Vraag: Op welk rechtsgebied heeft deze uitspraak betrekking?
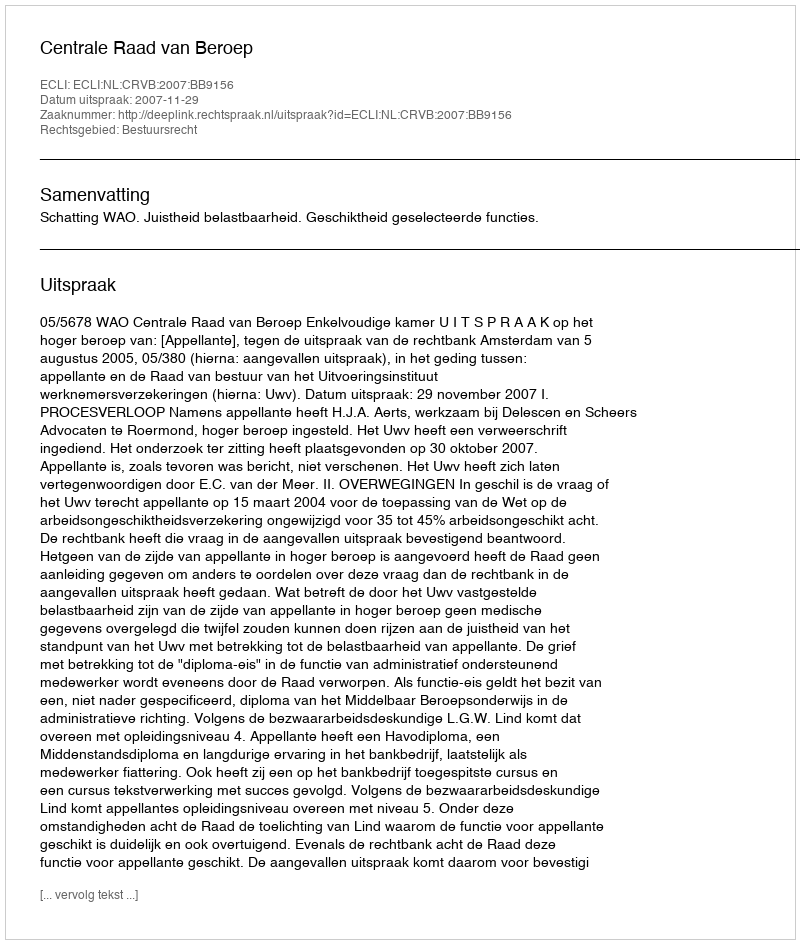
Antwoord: Bestuursrecht